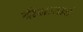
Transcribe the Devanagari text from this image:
दीक्षाजालं